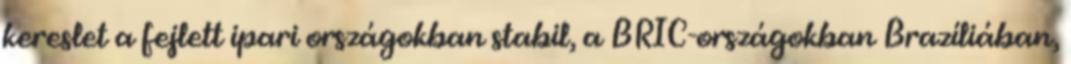
kereslet a fejlett ipari országokban stabil, a BRIC-országokban Brazíliában,